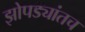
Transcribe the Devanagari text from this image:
झोपड्यांतच